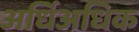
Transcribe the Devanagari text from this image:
अर्धिअधिक